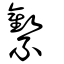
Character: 𧆉